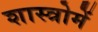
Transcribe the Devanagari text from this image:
शास्त्रोमें